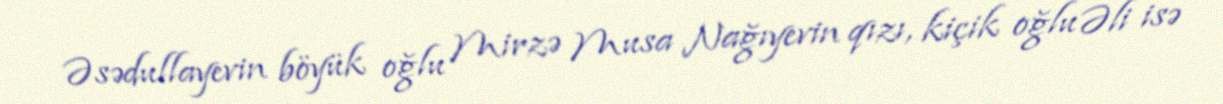
Əsədullayevin böyük oğlu Mirzə Musa Nağıyevin qızı, kiçik oğlu Əli isə